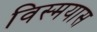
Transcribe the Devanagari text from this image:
विस्मयास